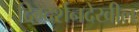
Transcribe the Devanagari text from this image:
दिग्दर्शनदेखील